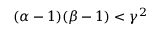
( \alpha - 1 ) ( \beta - 1 ) < \gamma ^ { 2 }